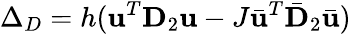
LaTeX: \Delta_{D}=h(\mathbf{u}^{T}\mathbf{D}_{2}\mathbf{u}-J\bar{\mathbf{u}}^{T}\bar{\mathbf{D}}_{2}\bar{\mathbf{u}})